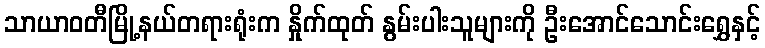
သာယာဝတီမြို့နယ်တရားရုံးက နှိုက်ထုတ် နွမ်းပါးသူများကို ဦးအောင်သောင်းရွှေနှင့်